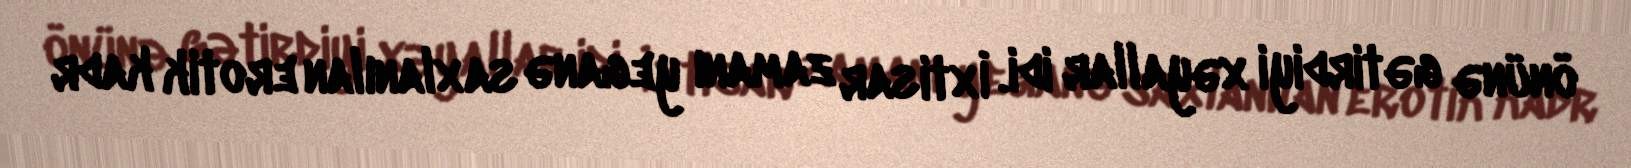
önünə gətirdiyi xəyallar idi. İxtisar zamanı yeganə saxlanılan erotik kadr